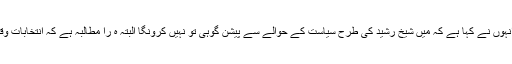
بلوچستان ہائیکورٹ اس لئے گیا کہ صوبائی حکومت اس حوالے سے تفصیلی جواب دیں انہوں نے کہا ہے کہ میں شیخ رشید کی طرح سیاست کے حوالے سے پیشن گوہی تو نہیں کرونگا البتہ ہ را مطالبہ ہے کہ انتخابات وقت پر ہو اور اگر وقت سے پہلے بھی ہو جائے تو جمہوریت کو کوئی نقصان نہیں ہو گا ۔